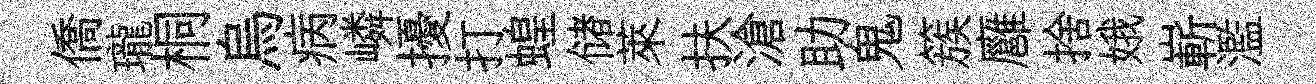
僑瓏桐烏病嶙擾打蝗储萊扶滄助鬼簇廱捨娥嶄濫